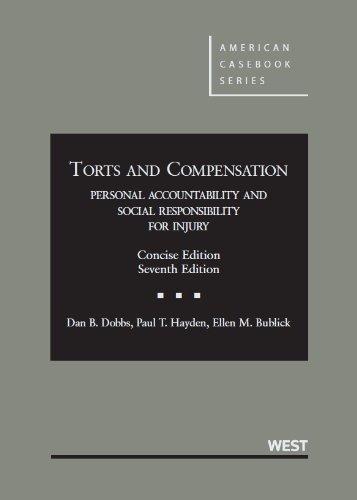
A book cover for Torts and Compensation: Personal Accountability and Social Responsibility for Injury, Concise, 7th Edition (American Casebook); Dan Dobbs; Law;